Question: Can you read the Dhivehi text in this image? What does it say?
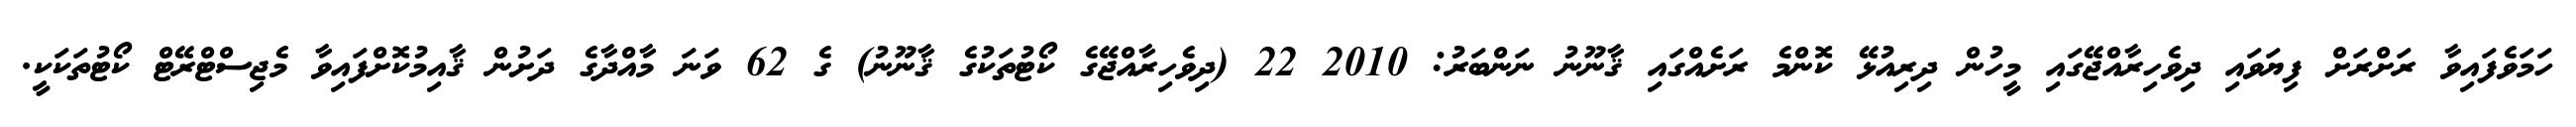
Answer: ހަމަވެފައިވާ ރަށްރަށް ފިޔަވައި ދިވެހިރާއްޖޭގައި މީހުން ދިރިއުޅޭ ކޮންމެ ރަށެއްގައި ޤާނޫނު ނަންބަރު: 2010 22 (ދިވެހިރާއްޖޭގެ ކޯޓުތަކުގެ ޤާނޫނު) ގެ 62 ވަނަ މާއްދާގެ ދަށުން ޤާއިމުކޮށްފައިވާ މެޖިސްޓްރޭޓް ކޯޓުތަކަކީ.